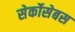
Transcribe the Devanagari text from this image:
सेर्कोसेबस